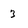
Character: 3